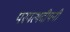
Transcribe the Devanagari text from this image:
परपत्थदीपनी